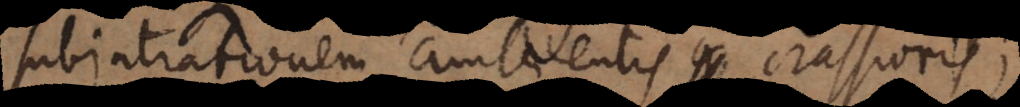
intrationem ambientis crassioris;